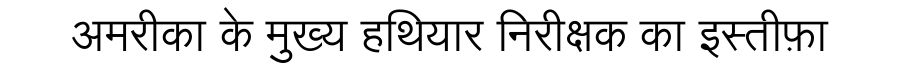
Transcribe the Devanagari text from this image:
अमरीका के मुख्य हथियार निरीक्षक का इस्तीफ़ा